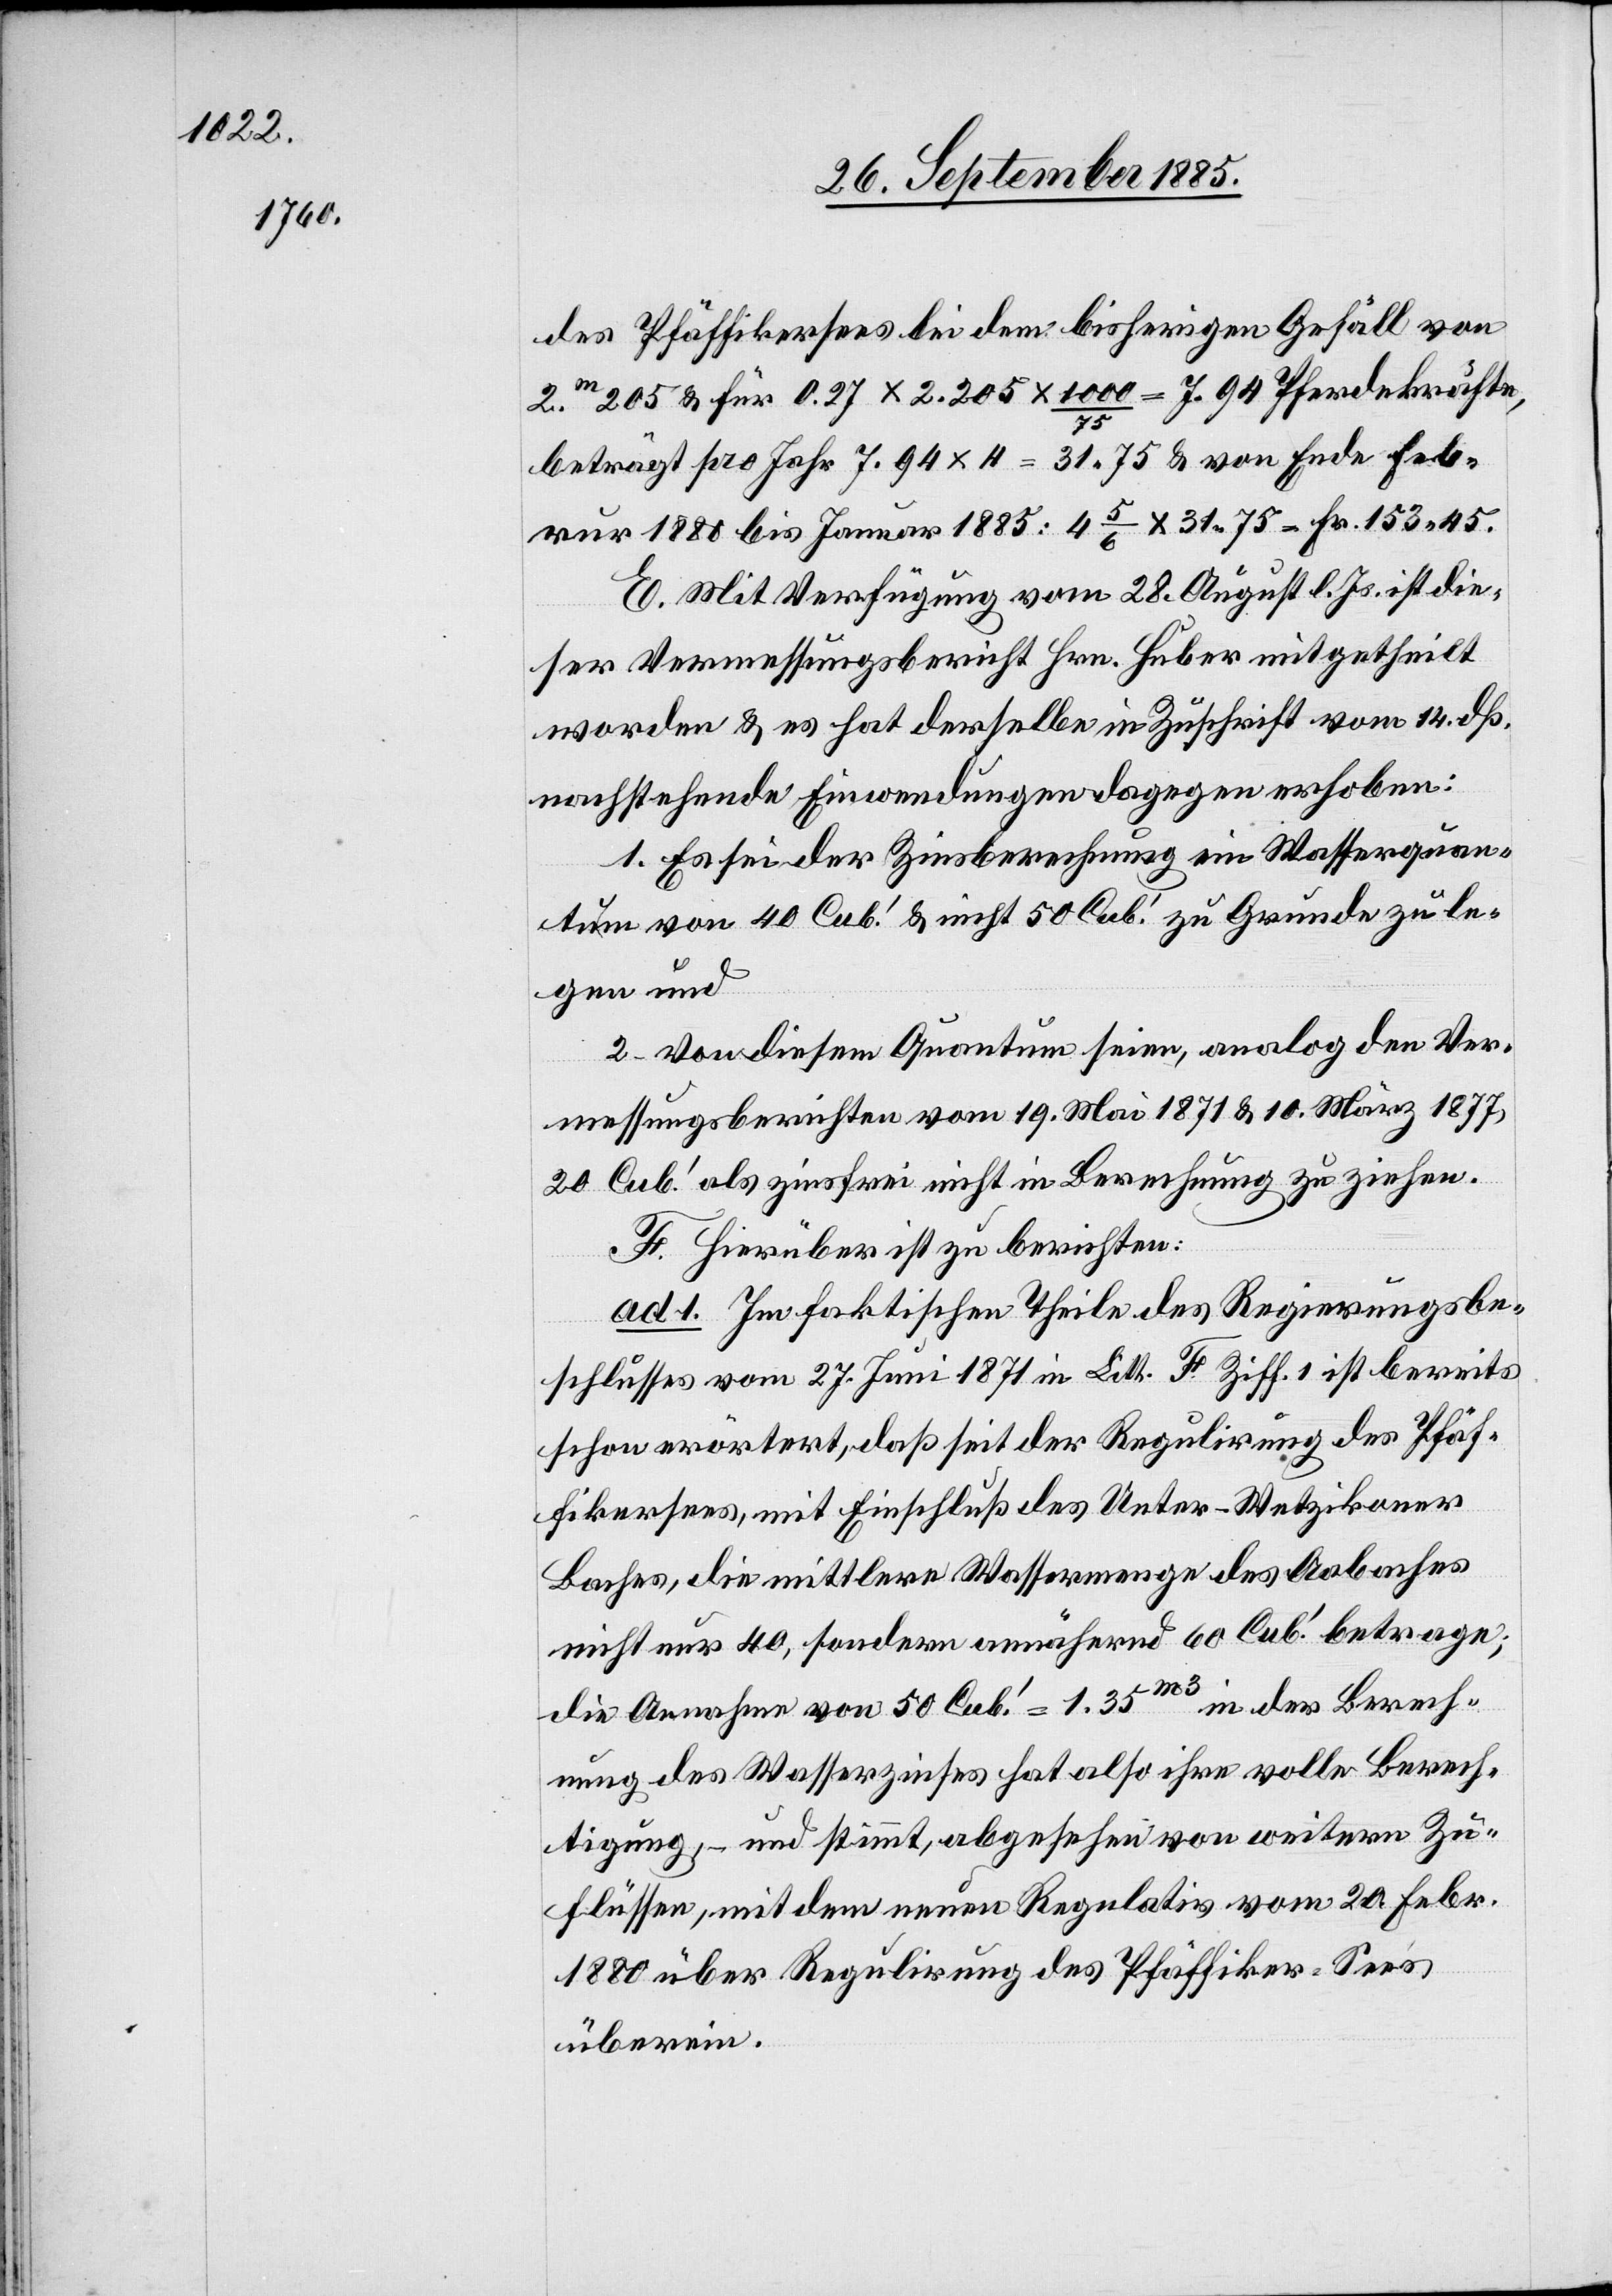
des Pfäffikersees bei dem bisherigen Gefäll von
2m205 & für 0.27 x 2.205 x 1000/75 = 7.94 Pferdekräfte,
beträgt pro Jahr 7.94 x 4 = 31.75 & von Ende Febr¬
u[a]r 1880 bis Januar 1885: 4 5/6 x 31 75 = Fr. 153 45.
E. Mit Verfügung vom 28. August l. Js. ist die¬
ser Vermessungsbericht Hrn. Huber mitgetheilt
worden & es hat derselbe in Zuschrift vom 14. dß.
nachstehende Einwendungen dagegen erhoben:
1. Es sei der Zinsberechnung ein Wasserquan¬
tum von 40 Cub.‘ & nicht 50 Cub.‘ zu Grunde zu le¬
gen und
2. Von diesem Quantum seien, analog den Ver¬
messungsberichten vom 19. Mai 1871 & 10. März 1877,
20 Cub.‘ als zinsfrei nicht in Berechnung zu ziehen.
F. Hierüber ist zu berichten:
ad 1. Im faktischen Theile des Regierungsbe¬
schlusses vom 27. Juni 1871 in Litt. F. Ziff. 1 ist bereits
schon erörtert, daß seit der Regulirung des Pfäf¬
fikersees, mit Einschluß des Unter-Wetzikoner
Baches, die mittlere Wassermenge des Aabaches
nicht nur 40, sondern annähernd 60 Cub.‘ betrage
die Annahme von 50 Cub.‘ = 1.35m3 in der Berech¬
nung des Wasserzinses hat also ihre volle Berech¬
tigung, – und stimmt, abgesehen von weitern Zu¬
flüssen, mit dem neuen Regulativ vom 20. Febr.
1880 über Regulirung des Pfäffiker-Sees
überein.